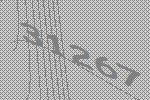
31267